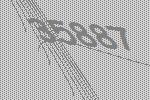
35887